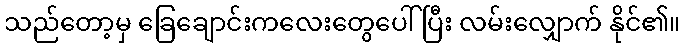
သည်တော့မှ ခြေချောင်းကလေးတွေပေါ်ပြီး လမ်းလျှောက် နိုင်၏။